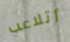
أتلاعب